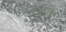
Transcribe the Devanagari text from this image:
कालीगंडकी